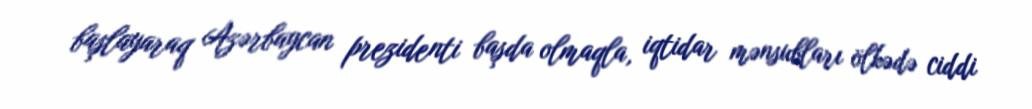
başlayaraq Azərbaycan prezidenti başda olmaqla, iqtidar mənsubları ölkədə ciddi